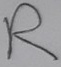
Text: R